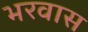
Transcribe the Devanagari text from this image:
भरवास